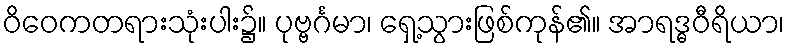
ဝိဝေကတရားသုံးပါး၌။ ပုဗ္ဗင်္ဂမာ၊ ရှေ့သွားဖြစ်ကုန်၏။ အာရဒ္ဓဝီရိယာ၊